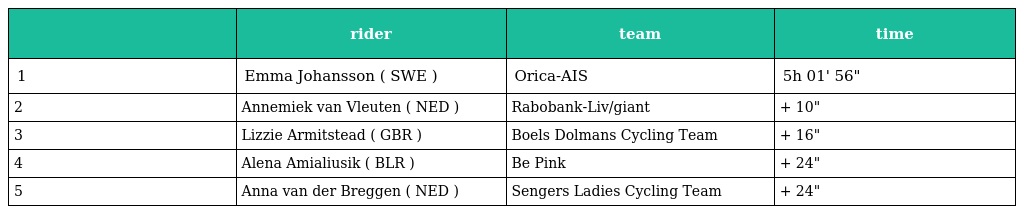
|  | rider | team | time |
 | --- | --- | --- | --- |
 | 1 | Emma Johansson ( SWE ) | Orica-AIS | 5h 01' 56" |
 | 2 | Annemiek van Vleuten ( NED ) | Rabobank-Liv/giant | + 10" |
 | 3 | Lizzie Armitstead ( GBR ) | Boels Dolmans Cycling Team | + 16" |
 | 4 | Alena Amialiusik ( BLR ) | Be Pink | + 24" |
 | 5 | Anna van der Breggen ( NED ) | Sengers Ladies Cycling Team | + 24" |